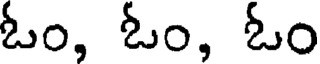
ఓం, ఓం, ఓం